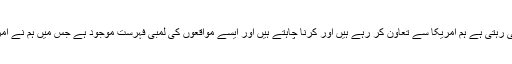
پاکستان اور امریکا اب بھی دوست ہیں، دونوں ممالک کے تعلقات میں اونچ نیچ آتی رہتی ہے ہم امریکا سے تعاون کر رہے ہیں اور کرنا چاہتے ہیں اور ایسے مواقعوں کی لمبی فہرست موجود ہے جس میں ہم نے امریکا کا ساتھ دیا، ایک وقت تھا ہمارے پاس چوائس تھی کہ روس کے پاس جائیں۔